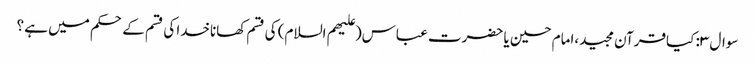
سوال ۳: کیاقرآن مجید،امام حسین یا حضرت عباس(علیهم السلام) کی قسم کھاناخدا کی قسم کے حکم میں ہے ؟